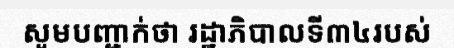
សូមបញ្ជាក់ថា រដ្ឋាភិបាលទី៣៤របស់